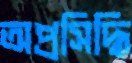
অপ্রসিদ্ধি